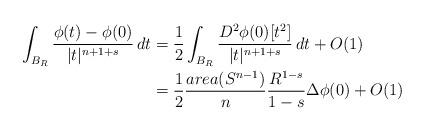
LaTeX: \begin{align*}\int_{B_R} \frac{\phi(t)-\phi(0)}{|t|^{n+1+s}} \, d t&=\frac12\int_{B_R} \frac{D^2\phi(0)[t^2]}{|t|^{n+1+s}} \, d t + O(1)\\&= \frac12 \frac{area(S^{n-1})}{n} \frac{R^{1-s}}{1-s} \Delta \phi(0) + O(1)\end{align*}